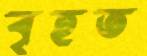
বৃহত